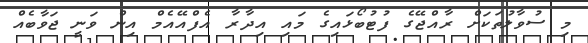
މި ސުވާލުތަކަށް ރާއްޖޭގެ ފުޓުބޯޅައިގެ މައި އިދާރާ އެފްއޭއެމް އިން ވަނީ ޖަވާބެއް